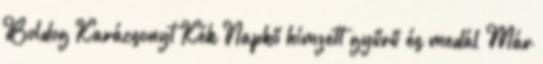
Boldog Karácsonyt Kék Napkő hímzett gyűrű és medál Már